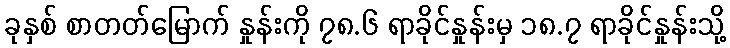
ခုနှစ် စာတတ်မြောက် နှုန်းကို ၇၈.၆ ရာခိုင်နှုန်းမှ ၁၈.၇ ရာခိုင်နှုန်းသို့